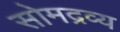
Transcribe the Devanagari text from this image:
सोमद्रव्य